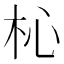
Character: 杺